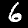
Digit: 6